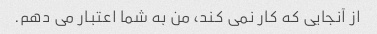
از آنجایی که کار نمی کند، من به شما اعتبار می دهم.